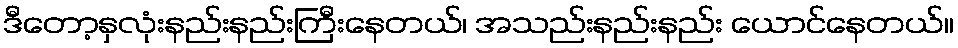
ဒီတော့နှလုံးနည်းနည်းကြီးနေတယ်၊ အသည်းနည်းနည်း ယောင်နေတယ်။